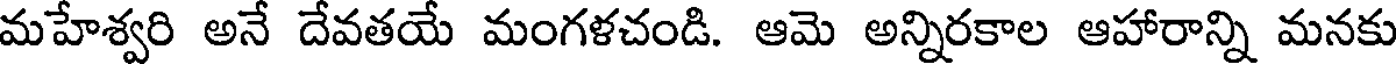
మహేశ్వరి అనే దేవతయే మంగళచండి. ఆమె అన్నిరకాల ఆహారాన్ని మనకు